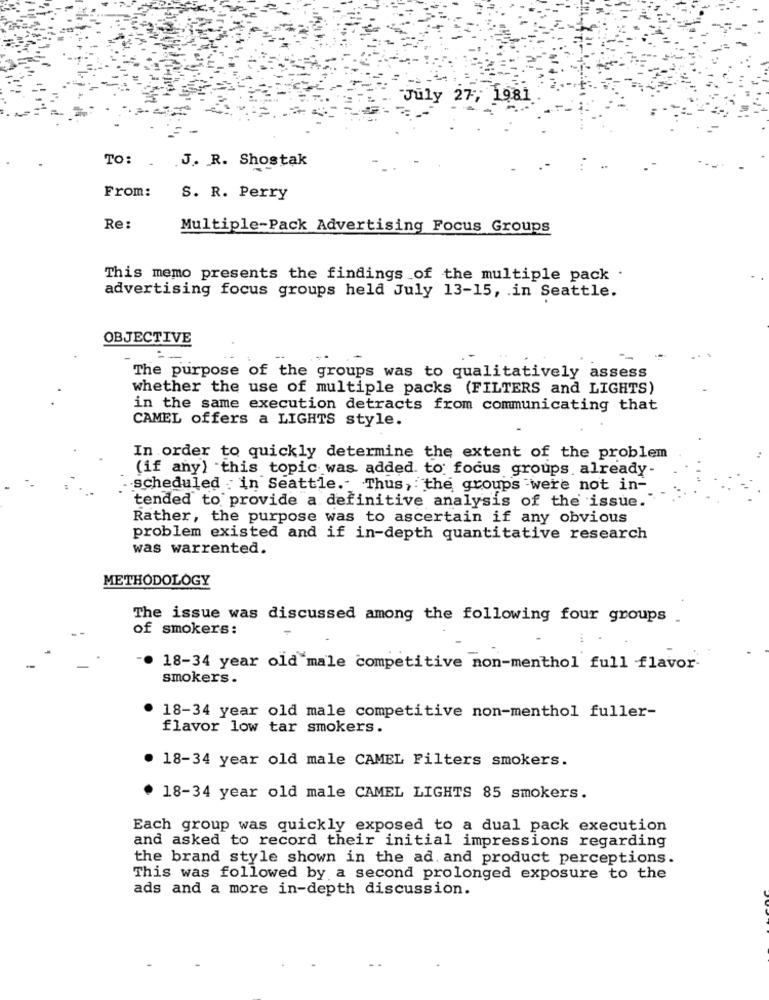
July 27, 1981
TO:
J. R. Shostak
From:
S. R. Perry
Re:
Multiple-Pack Advertising Focus Groups
This memo presents the findings of the multiple pack .
advertising focus groups held July 13-15, in Seattle.
OBJECTIVE
The purpose of the groups was to qualitatively assess
whether the use of multiple packs (FILTERS and LIGHTS)
in the same execution detracts from communicating that
CAMEL offers a LIGHTS style.
In order to quickly determine the extent of the problem
(if any) this topic was added. to focus groups already-
scheduled . in Seattle." Thus,the groups were not in-
tended to provide a definitive analysis of the issue.
Rather, the purpose was to ascertain if any obvious
problem existed and if in-depth quantitative research
was warrented.
METHODOLOGY
The issue was discussed among the following four groups .
of smokers:
18-34 year old male competitive non-menthol full flavor-
smokers.
18-34 year old male competitive non-menthol fuller-
flavor low tar smokers.
18-34 year old male CAMEL Filters smokers.
. 18-34 year old male CAMEL LIGHTS 85 smokers.
Each group was quickly exposed to a dual pack execution
and asked to record their initial impressions regarding
the brand style shown in the ad. and product perceptions.
This was followed by a second prolonged exposure to the
ads and a more in-depth discussion.